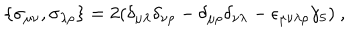
\{ \sigma _ { \mu \nu } , \sigma _ { \lambda \rho } \} = 2 ( \delta _ { \mu \lambda } \delta _ { \nu \rho } - \delta _ { \mu \rho } \delta _ { \nu \lambda } - \epsilon _ { \mu \nu \lambda \rho } \gamma _ { 5 } ) \ ,